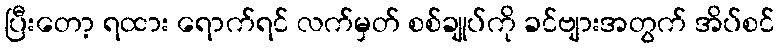
ပြီးတော့ ရထား ရောက်ရင် လက်မှတ် စစ်ချုပ်ကို ခင်ဗျားအတွက် အိပ်စင်